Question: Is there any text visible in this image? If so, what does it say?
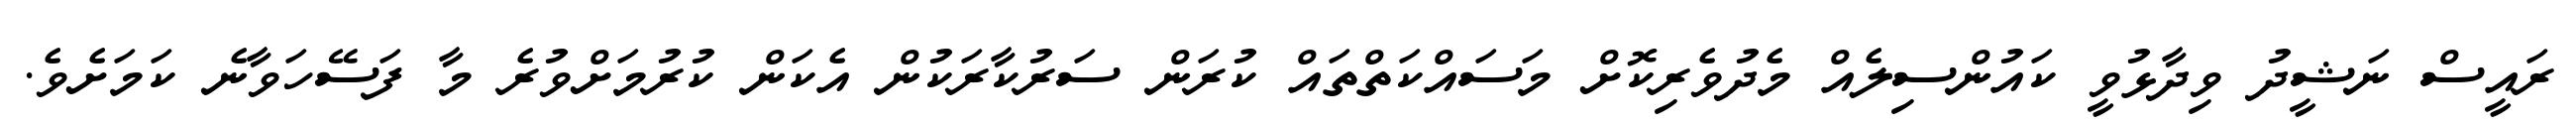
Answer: ރައީސް ނަޝީދު ވިދާޅުވީ ކައުންސިލެއް މެދުވެރިކޮށް މަސައްކަތްތައް ކުރަން ސަރުކާރަކުން އެކަން ކުރުމަށްވުރެ މާ ފަސޭހަވާނެ ކަމަށެވެ.